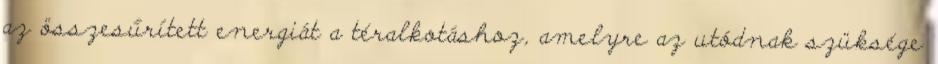
az összesűrített energiát a téralkotáshoz, amelyre az utódnak szüksége